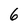
Character: 6